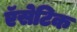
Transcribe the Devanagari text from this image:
ऍसेटिक